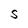
Character: S